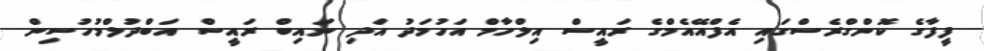
ފީފާގެ ކޮންގްރެސްގައި އެފްއޭއެމްގެ ރައީސް އިލްހާމް އަހުމަދު އަދި ނައިބް ރައީސް އަބްދުލްމުހުސިން